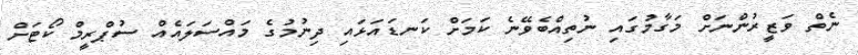
ނެތް ވަޒީރުންނަށް މަގާމުގައި ނުތިއްބެވޭނެ ކަމަށް ކަނޑައަޅައި ދިނުމުގެ މައްސަލައެއް ސުޕްރީމް ކޯޓަށް